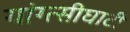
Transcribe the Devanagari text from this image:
यांग्त्सीघाटी